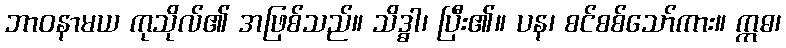
ဘာဝနာမယ ကုသိုလ်၏ အဖြစ်သည်။ သိဒ္ဓါ၊ ပြီး၏။ ပန၊ စင်စစ်သော်ကား။ ဣဓ၊